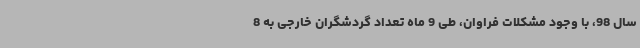
سال 98، با وجود مشکلات فراوان، طی 9 ماه تعداد گردشگران خارجی به 8